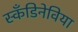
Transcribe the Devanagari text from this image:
स्कँडिनेविया